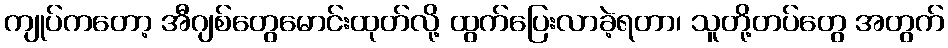
ကျုပ်ကတော့ အီဂျစ်တွေမောင်းထုတ်လို့ ထွက်ပြေးလာခဲ့ရတာ၊ သူတို့တပ်တွေ အတွက်